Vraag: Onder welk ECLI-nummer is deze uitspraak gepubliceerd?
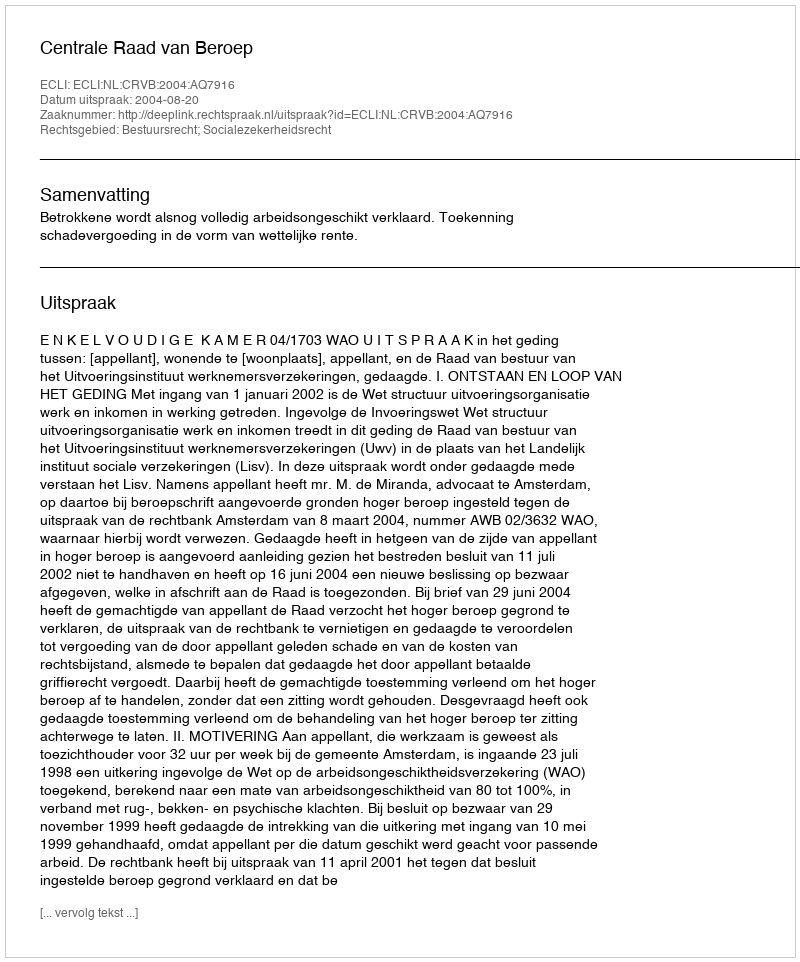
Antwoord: ECLI:NL:CRVB:2004:AQ7916